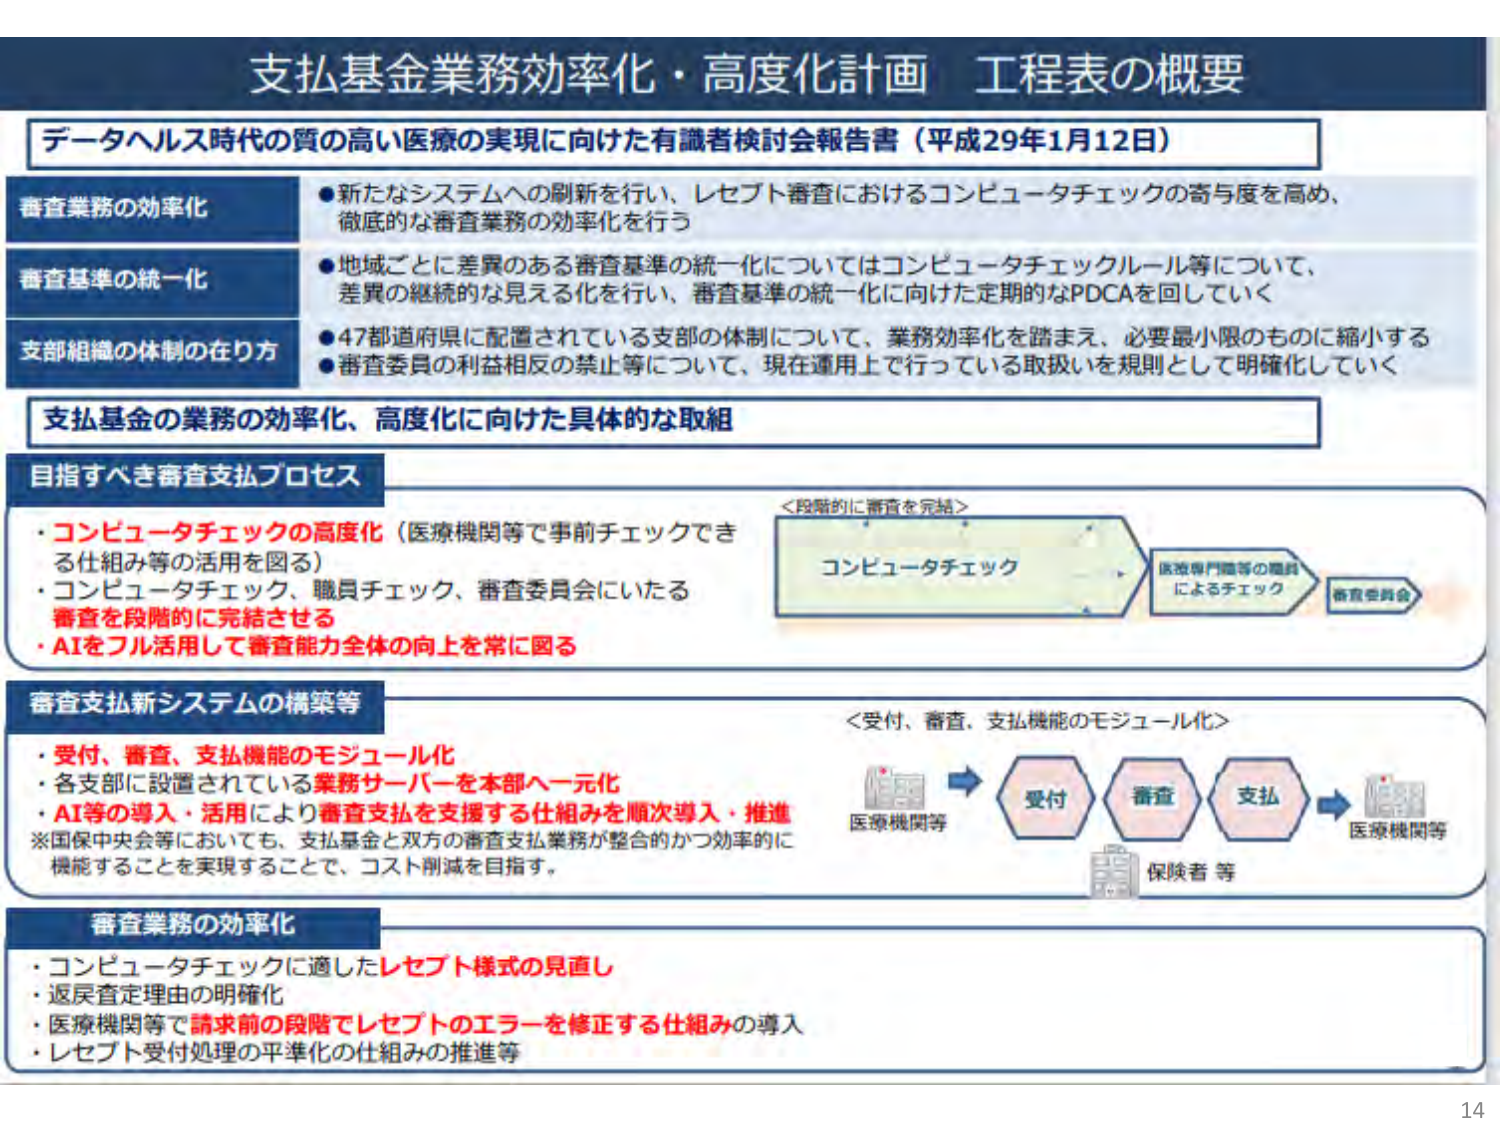
支払基金業務効率化・高度化計画 工程表の概要

データヘルス時代の質の高い医療の実現に向けた有識者検討会報告書（平成29年1月12日）

審査業務の効率化
●新たなシステムへの刷新を行い、レセプト審査におけるコンピュータチェックの寄与度を高め、徹底的な審査業務の効率化を行う

審査基準の統一化
●地域ごとに差異のある審査基準の統一化についてはコンピュータチェックルール等について、差異の継続的な見える化を行い、審査基準の統一化に向けた定期的なPDCAを回していく

支部組織の体制の在り方
●47都道府県に配置されている支部の体制について、業務効率化を踏まえ、必要最小限のものに縮小する
●審査委員の利益相反の禁止等について、現在運用上行っている取扱いを規則として明確化していく

支払基金の業務の効率化、高度化に向けた具体的な取組

目指すべき審査支払プロセス
・コンピュータチェックの高度化（医療機関等で事前チェックできる仕組み等の活用を図る）
・コンピュータチェック、職員チェック、審査委員会にいたる審査を段階的に完結させる
・AIをフル活用して審査能力全体の向上を常に図る

＜段階的に審査を完結＞
コンピュータチェック → 医療専門職等の職員によるチェック → 審査委員会

審査支払新システムの構築等
・受付、審査、支払機能のモジュール化
・各支部に設置されている業務サーバーを本部へ一元化
・AI等の導入・活用により審査支払を支援する仕組みを順次導入・推進
※国保中央会等においても、支払基金と双方の審査支払業務が整合的かつ効率的に機能することを実現することで、コスト削減を目指す。

＜受付、審査、支払機能のモジュール化＞
医療機関等 → 受付 → 審査 → 支払 → 医療機関等
　　　　　　　　　　　　　　　　　　保険者等

審査業務の効率化
・コンピュータチェックに適したレセプト様式の見直し
・返戻査定理由の明確化
・医療機関等で請求前段階でレセプトのエラーを修正する仕組みの導入
・レセプト受付処理の平準化の仕組みの推進等

14